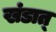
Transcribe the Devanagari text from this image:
खंडात्